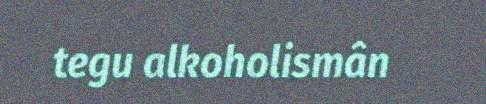
tegu alkoholismân